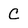
Character: C